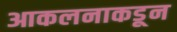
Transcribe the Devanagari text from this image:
आकलनाकडून